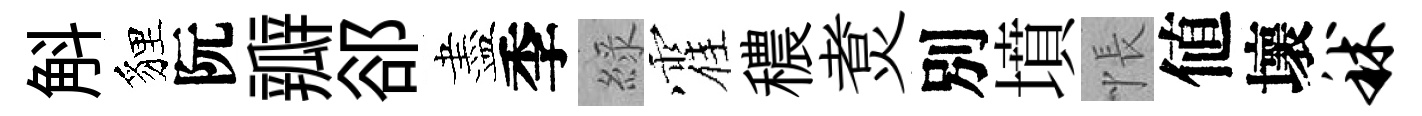
斛貍阮瓣郤盡季綠霍穠煑別墳悵値壞秫